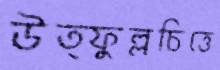
উত্ফুল্লচিত্তে